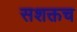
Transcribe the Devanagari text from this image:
सशक्तच